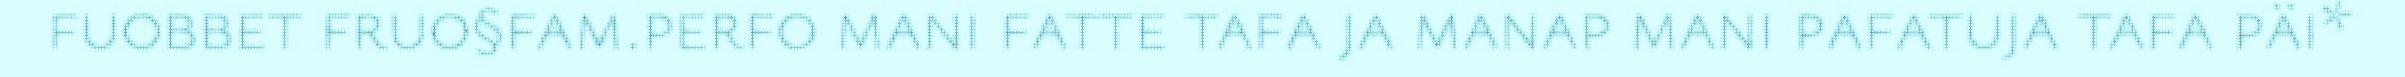
fuobbet fruo§fam.perfo mani fatte tafa ja manap mani pafatuja tafa päi*